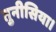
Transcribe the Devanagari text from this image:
तुनीसिया।